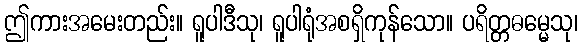
ဤကားအမေးတည်း။ ရူပါဒီသု၊ ရူပါရုံအစရှိကုန်သော။ ပရိတ္တဓမ္မေသု၊